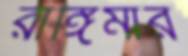
রাঙ্গিমার